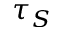
\tau _ { S }